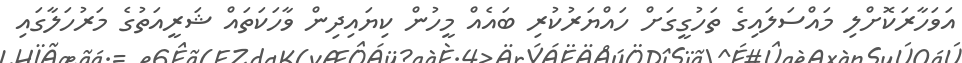
އަވަހާރަކޮށްލި މައްސަލައިގެ ތަހުގީގަށް ހައްޔަރުކުރި ބައެއް މީހުން ކިޔައިދިން ވާހަކަތައް ޝަރީއަތުގެ މަރުހަލާގައި